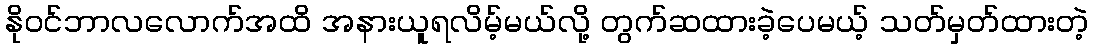
နိုဝင်ဘာလလောက်အထိ အနားယူရလိမ့်မယ်လို့ တွက်ဆထားခဲ့ပေမယ့် သတ်မှတ်ထားတဲ့